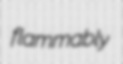
flammably